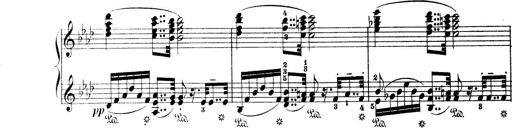
Title: Wagner-Liszt Album
Composer: Franz Liszt